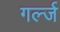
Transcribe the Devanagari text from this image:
गर्ल्‍ज